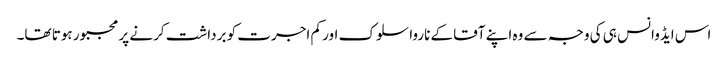
اس ایڈوانس ہی کی وجہ سے وہ اپنے آقا کے ناروا سلوک اور کم اجرت کو برداشت کرنے پر مجبور ہوتا تھا۔